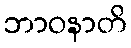
ဘာဝနာတိ